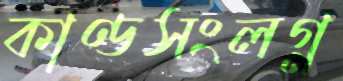
কাণ্ডসংলগ্ন